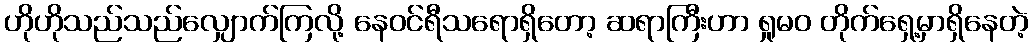
ဟိုဟိုသည်သည်လျှောက်ကြလို့ နေဝင်ရီသရောရှိတော့ ဆရာကြီးဟာ ရှုမဝ တိုက်ရှေ့မှာရှိနေတဲ့